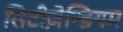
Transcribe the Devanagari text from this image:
सिटीज़ेन्डियम